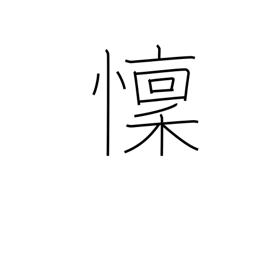
Meaning: fear